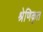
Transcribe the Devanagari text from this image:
श्रेणिकृत